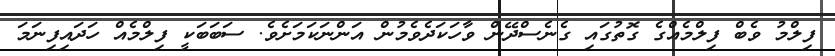
ފިލްމު ވެބް ފިލްމެއްގެ ގޮތުގައި ގެނެސްދޭން ވާހަކަދެެވެމުން އަންނަކަމަށެވެ. ސަބަބަކީ ފިލްމެއް ހަދައިފިނަމަ